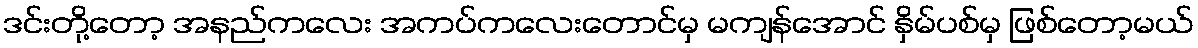
ဒင်းတို့တော့ အနည်ကလေး အကပ်ကလေးတောင်မှ မကျန်အောင် နှိမ်ပစ်မှ ဖြစ်တော့မယ်